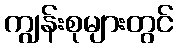
ကျွန်းစုများတွင်